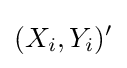
(X_{i},Y_{i})'